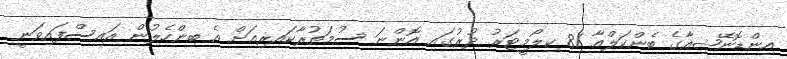
އިންޑޮނޭޝިއާގެ ބެންކަލްއާ 81 ކިލޯމީޓަރު ދުރުގައި އޮންނަ ސުމަތުރާކައިރިއަށް އެ ބިންހެލުން އައިސްފައިވަނީ